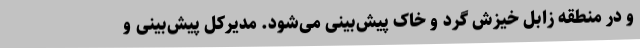
و در منطقه زابل خیزش گرد و خاک پیش‌بینی می‌شود. مدیرکل پیش‌بینی و